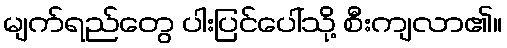
မျက်ရည်တွေ ပါးပြင်ပေါ်သို့ စီးကျလာ၏။